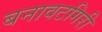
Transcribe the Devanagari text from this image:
बनावटगिरी